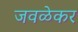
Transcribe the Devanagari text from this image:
जवळेकर